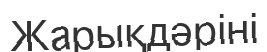
Жарықдәріні